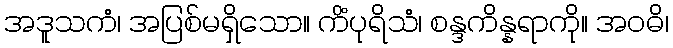
အဒူသကံ၊ အပြစ်မရှိသော။ ကိံပုရိသံ၊ စန္ဒကိန္နရာကို။ အဝဓိ၊